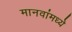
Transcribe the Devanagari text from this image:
मानवांमध्ये